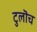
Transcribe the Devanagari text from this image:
टुलॊच